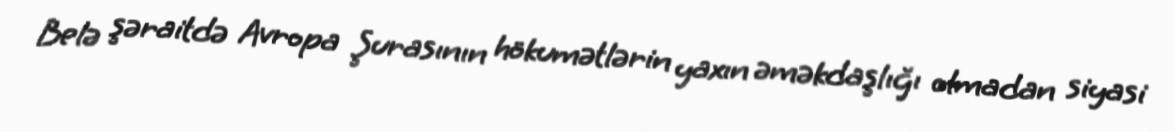
Belə şəraitdə Avropa Şurasının hökumətlərin yaxın əməkdaşlığı olmadan siyasi